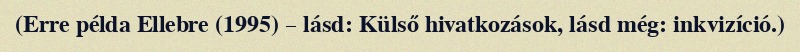
(Erre példa Ellebre (1995) – lásd: Külső hivatkozások, lásd még: inkvizíció.)